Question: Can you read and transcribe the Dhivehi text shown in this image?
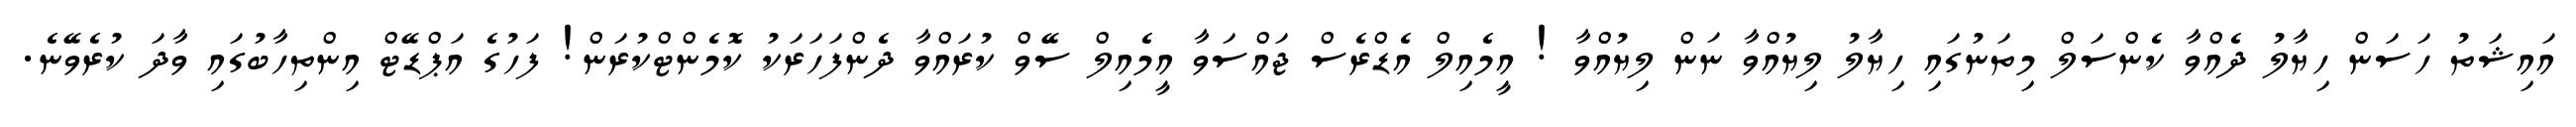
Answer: އައިޝަތު ހަސަން ހިޔާލު ދެއްވާ ކެންސަލް މިތަނުގައި ހިޔާލު ލިޔުއްވާ ނަން ލިޔުއްވާ ! އީމެއިލް އެޑްރެސް ޖައްސަވާ އީމެއިލް ސޭވް ކުރައްވާ ދެންފަހަރަކު ކޮމެންޓްކުރަން! ފަހުގެ އަޕްޑޭޓް އިންތިހާބުގައި ވާދަ ކުރެވޭނެ.